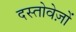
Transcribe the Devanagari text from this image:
दस्‍तोवेज़ों